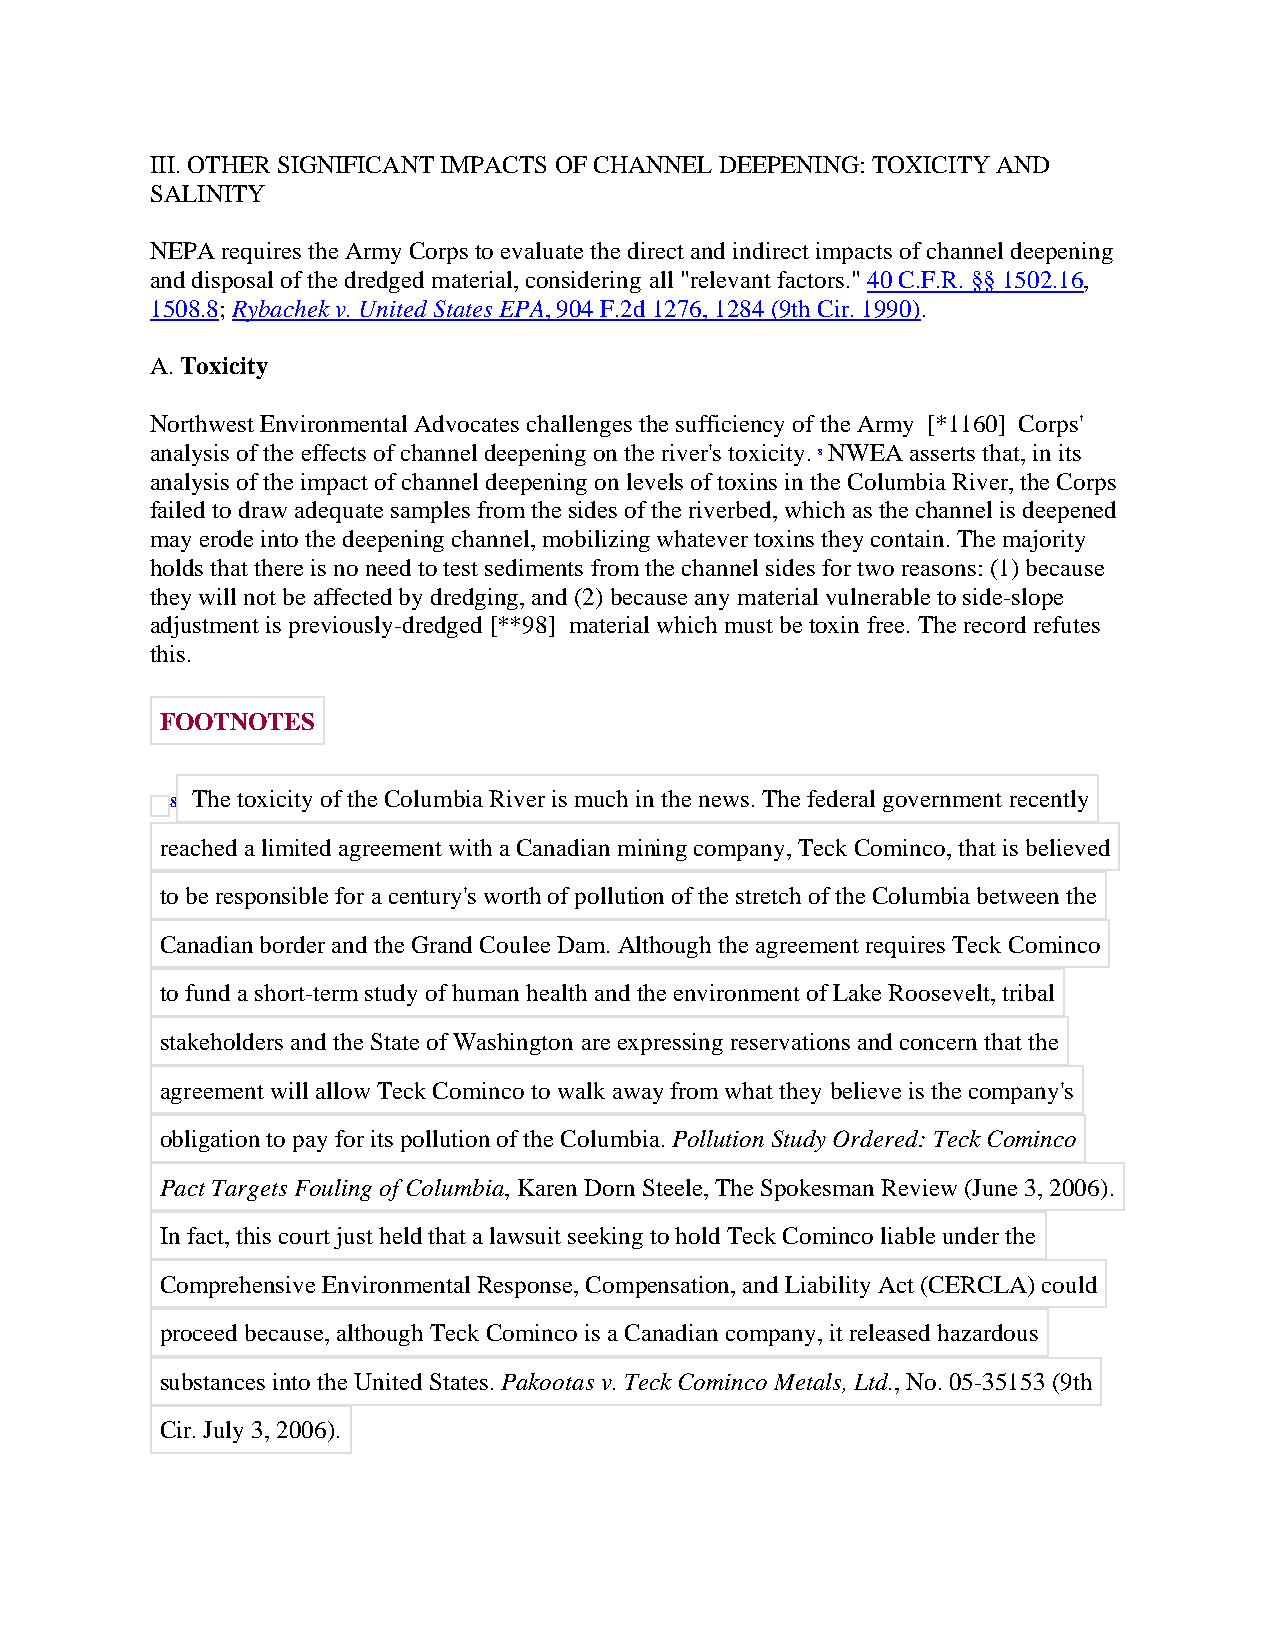
III. OTHER SIGNIFICANT IMPACTS OF CHANNEL DEEPENING: TOXICITY AND
 SALINITY
 NEPA requires the Army Corps to evaluate the direct and indirect impacts of channel deepening
 and disposal of the dredged material, considering all "relevant factors." 40 C.F.R. §§ 1502.16,
 1508.8; Rybachek v. United States EPA, 904 F.2d 1276, 1284 (9th Cir. 1990).
 A. Toxicity
 Northwest Environmental Advocates challenges the sufficiency of the Army [*1160] Corps'
 analysis of the effects of channel deepening on the river's toxicity. 8 NWEA asserts that, in its
 analysis of the impact of channel deepening on levels of toxins in the Columbia River, the Corps
 failed to draw adequate samples from the sides of the riverbed, which as the channel is deepened
 may erode into the deepening channel, mobilizing whatever toxins they contain. The majority
 holds that there is no need to test sediments from the channel sides for two reasons: (1) because
 they will not be affected by dredging, and (2) because any material vulnerable to side-slope
 adjustment is previously-dredged [**98] material which must be toxin free. The record refutes
 this.
 FOOTNOTES
 The toxicity of the Columbia River is much in the news. The federal government recently
 8
 reached a limited agreement with a Canadian mining company, Teck Cominco, that is believed
 to be responsible for a century's worth of pollution of the stretch of the Columbia between the
 Canadian border and the Grand Coulee Dam. Although the agreement requires Teck Cominco
 to fund a short-term study of human health and the environment of Lake Roosevelt, tribal
 stakeholders and the State of Washington are expressing reservations and concern that the
 agreement will allow Teck Cominco to walk away from what they believe is the company's
 obligation to pay for its pollution of the Columbia. Pollution Study Ordered: Teck Cominco
 Pact Targets Fouling of Columbia, Karen Dorn Steele, The Spokesman Review (June 3, 2006).
 In fact, this court just held that a lawsuit seeking to hold Teck Cominco liable under the
 Comprehensive Environmental Response, Compensation, and Liability Act (CERCLA) could
 proceed because, although Teck Cominco is a Canadian company, it released hazardous
 substances into the United States. Pakootas v. Teck Cominco Metals, Ltd., No. 05-35153 (9th
 Cir. July 3, 2006).